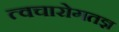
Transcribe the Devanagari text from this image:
त्वचारोगतज्ञ